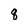
Character: q